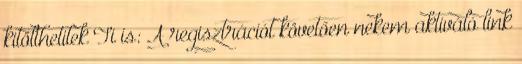
kitölthetitek Ti is: A regisztrációt követően nekem aktiváló link